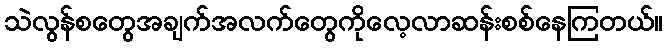
သဲလွန်စတွေအချက်အလက်တွေကိုလေ့လာဆန်းစစ်နေကြတယ်။